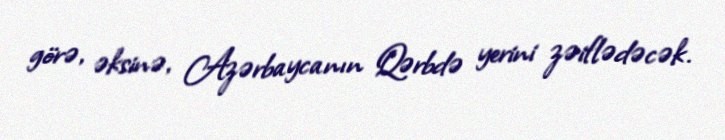
görə, əksinə, Azərbaycanın Qərbdə yerini zəiflədəcək.